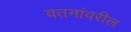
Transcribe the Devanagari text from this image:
वतनांवरील